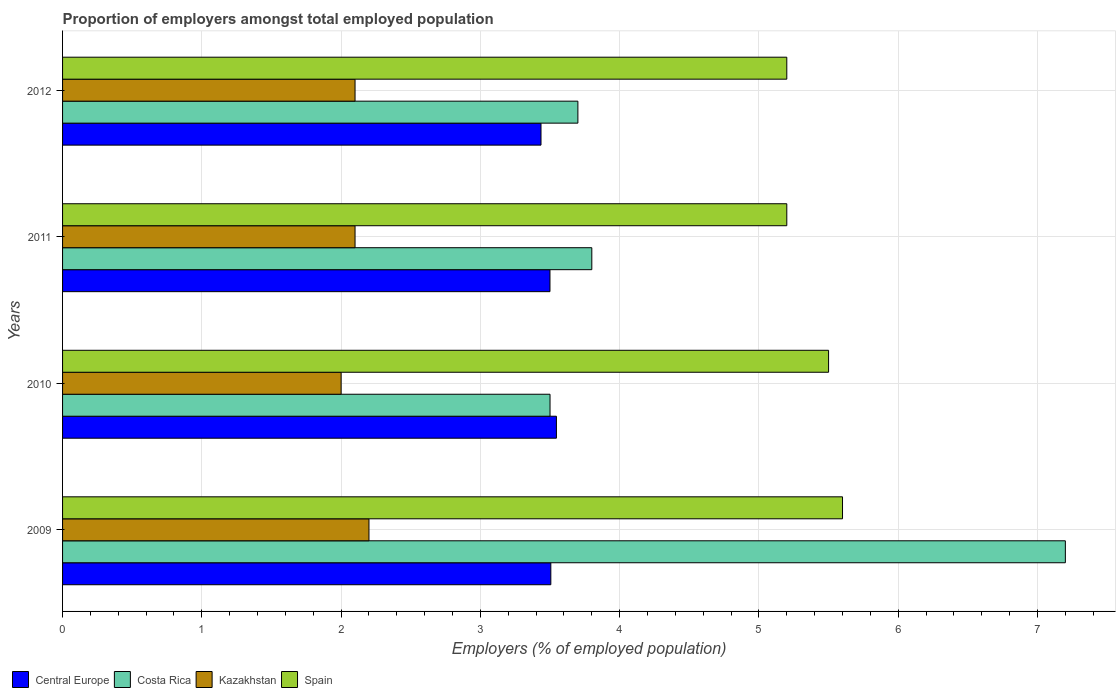
| Years | Central Europe | Costa Rica | Kazakhstan | Spain |
 | --- | --- | --- | --- | --- |
 | 2009 | 3.51 | 7.2 | 2.2 | 5.6 |
 | 2010 | 3.55 | 3.5 | 2 | 5.5 |
 | 2011 | 3.5 | 3.8 | 2.1 | 5.2 |
 | 2012 | 3.44 | 3.7 | 2.1 | 5.2 |